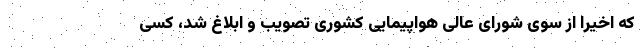
که اخیراً از سوی شورای عالی هواپیمایی کشوری تصویب و ابلاغ شد، کسی